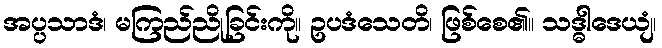
အပ္ပသာဒံ၊ မကြည်ညိုခြင်းကို။ ဥပဒံသေတိ၊ ဖြစ်စေ၏။ သဒ္ဓါဒေယျံ၊